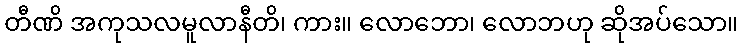
တီဏိ အကုသလမူလာနီတိ၊ ကား။ လောဘော၊ လောဘဟု ဆိုအပ်သော။